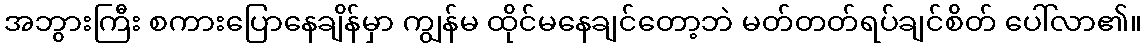
အဘွားကြီး စကားပြောနေချိန်မှာ ကျွန်မ ထိုင်မနေချင်တော့ဘဲ မတ်တတ်ရပ်ချင်စိတ် ပေါ်လာ၏။